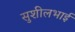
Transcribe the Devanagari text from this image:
सुशीलभाई